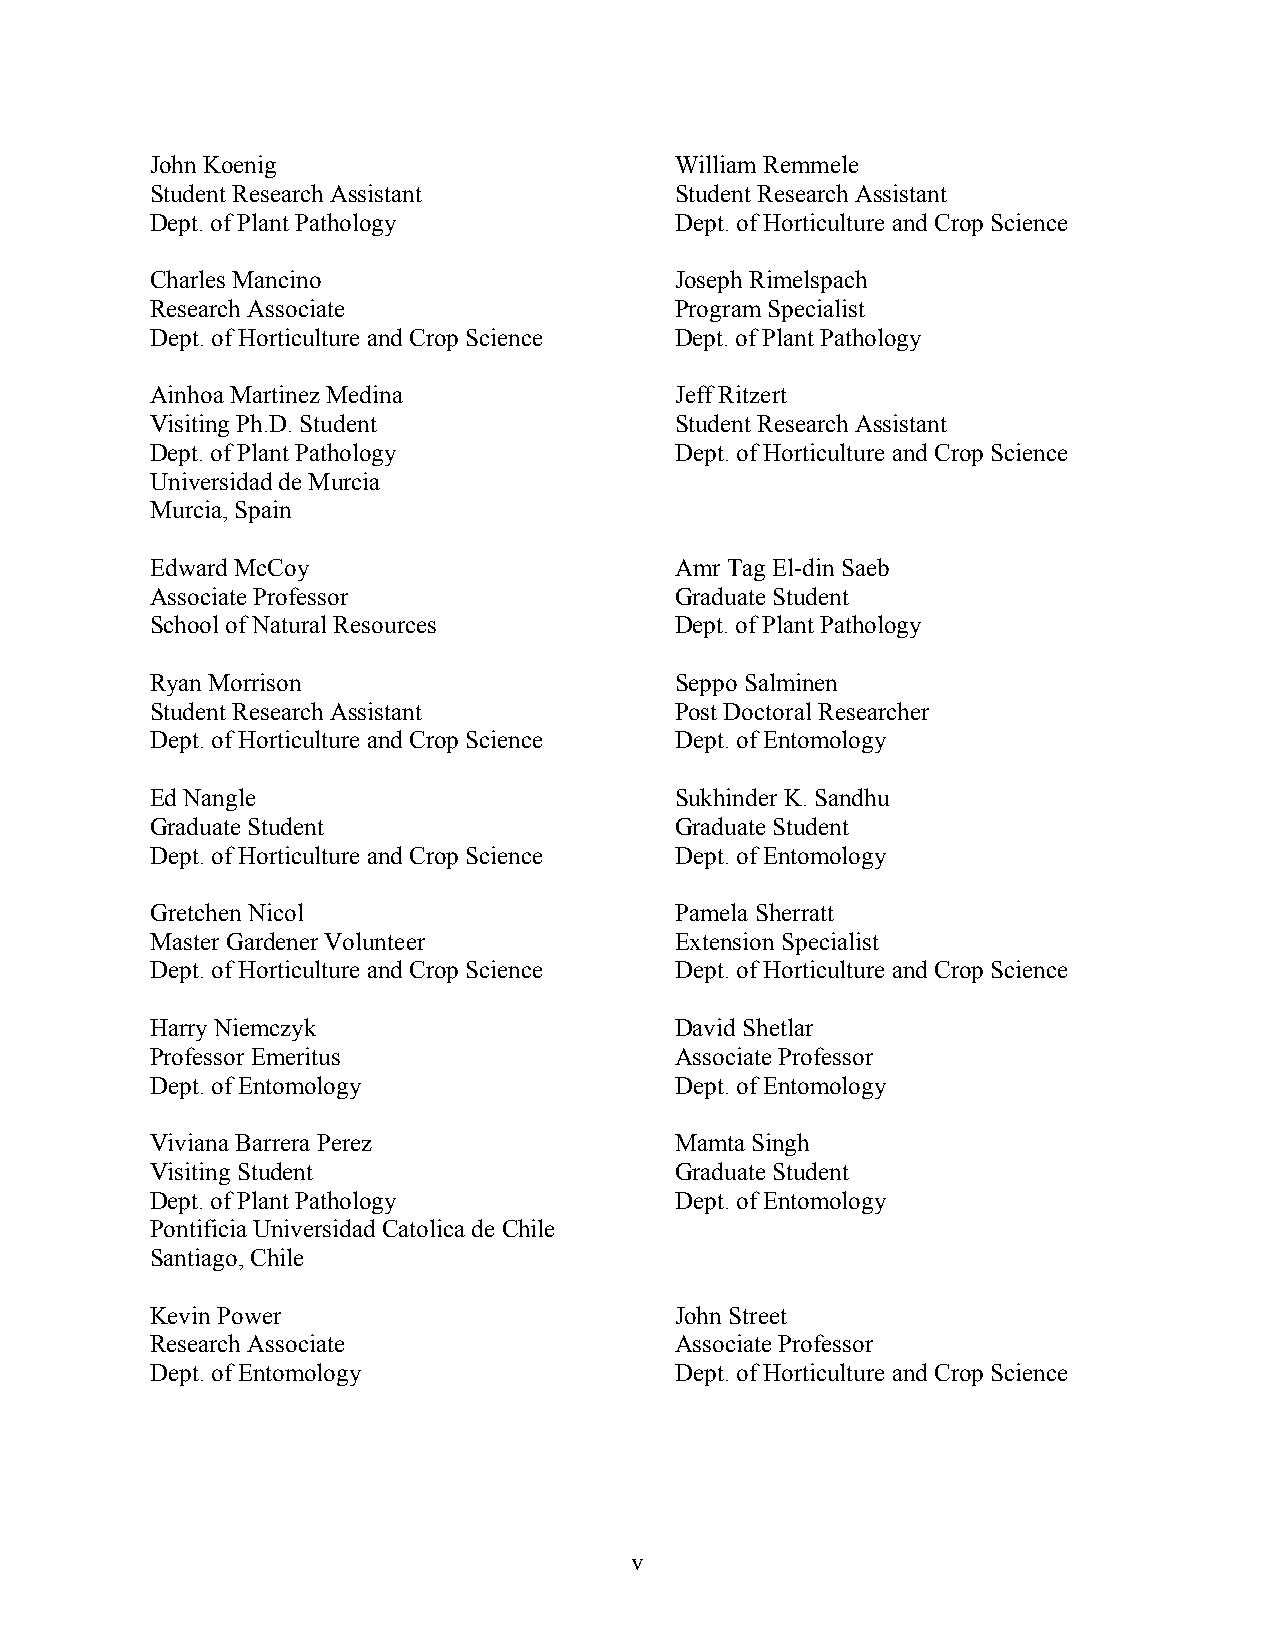
John Koenig                        William Remmele
 Student Research Assistant         Student Research Assistant
 Dept. of Plant Pathology           Dept. of Horticulture and Crop Science
 Charles Mancino                    Joseph Rimelspach
 Research Associate                 Program Specialist
 Dept. of Horticulture and Crop Science Dept. of Plant Pathology
 Ainhoa Martinez Medina             Jeff Ritzert
 Visiting Ph.D. Student             Student Research Assistant
 Dept. of Plant Pathology           Dept. of Horticulture and Crop Science
 Universidad de Murcia
 Murcia, Spain
 Edward McCoy                       Amr Tag El-din Saeb
 Associate Professor                Graduate Student
 School of Natural Resources        Dept. of Plant Pathology
 Ryan Morrison                      Seppo Salminen
 Student Research Assistant         Post Doctoral Researcher
 Dept. of Horticulture and Crop Science Dept. of Entomology
 Ed Nangle                          Sukhinder K. Sandhu
 Graduate Student                   Graduate Student
 Dept. of Horticulture and Crop Science Dept. of Entomology
 Gretchen Nicol                     Pamela Sherratt
 Master Gardener Volunteer          Extension Specialist
 Dept. of Horticulture and Crop Science Dept. of Horticulture and Crop Science
 Harry Niemczyk                     David Shetlar
 Professor Emeritus                 Associate Professor
 Dept. of Entomology                Dept. of Entomology
 Viviana Barrera Perez              Mamta Singh
 Visiting Student                   Graduate Student
 Dept. of Plant Pathology           Dept. of Entomology
 Pontificia Universidad Catolica de Chile
 Santiago, Chile
 Kevin Power                        John Street
 Research Associate                 Associate Professor
 Dept. of Entomology                Dept. of Horticulture and Crop Science
 v